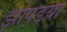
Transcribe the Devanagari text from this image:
झोपडय़ा